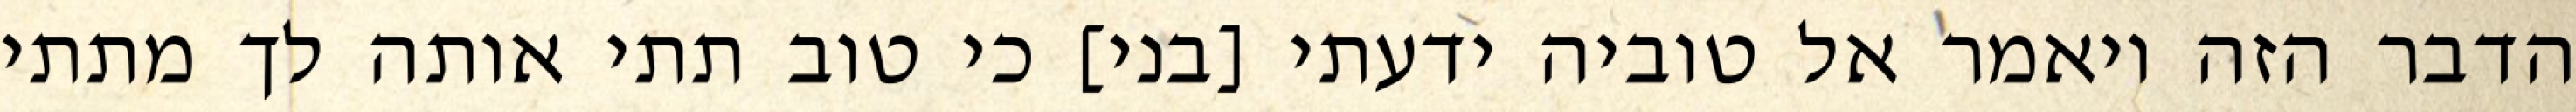
הדבר הזה ויאמר אל טוביה ידעתי [בני] כי טוב תתי אותה לך מתתי